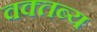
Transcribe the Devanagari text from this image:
वक्‍तब्‍य